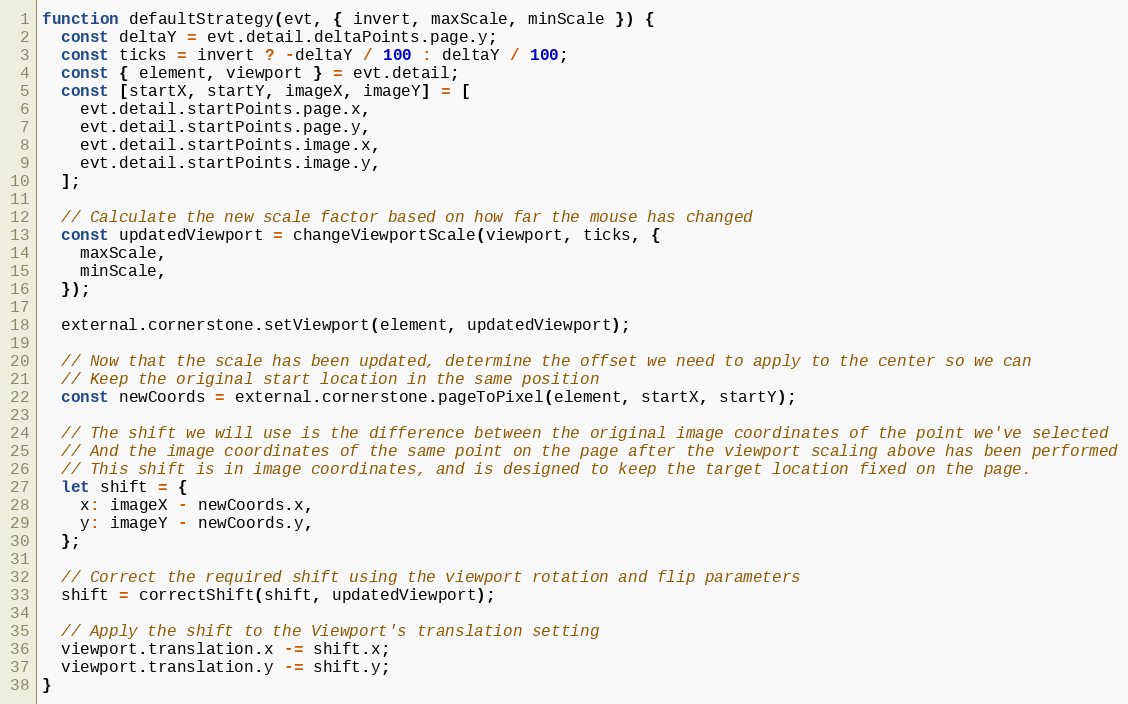
Language: JavaScript
function defaultStrategy(evt, { invert, maxScale, minScale }) {
  const deltaY = evt.detail.deltaPoints.page.y;
  const ticks = invert ? -deltaY / 100 : deltaY / 100;
  const { element, viewport } = evt.detail;
  const [startX, startY, imageX, imageY] = [
    evt.detail.startPoints.page.x,
    evt.detail.startPoints.page.y,
    evt.detail.startPoints.image.x,
    evt.detail.startPoints.image.y,
  ];

  // Calculate the new scale factor based on how far the mouse has changed
  const updatedViewport = changeViewportScale(viewport, ticks, {
    maxScale,
    minScale,
  });

  external.cornerstone.setViewport(element, updatedViewport);

  // Now that the scale has been updated, determine the offset we need to apply to the center so we can
  // Keep the original start location in the same position
  const newCoords = external.cornerstone.pageToPixel(element, startX, startY);

  // The shift we will use is the difference between the original image coordinates of the point we've selected
  // And the image coordinates of the same point on the page after the viewport scaling above has been performed
  // This shift is in image coordinates, and is designed to keep the target location fixed on the page.
  let shift = {
    x: imageX - newCoords.x,
    y: imageY - newCoords.y,
  };

  // Correct the required shift using the viewport rotation and flip parameters
  shift = correctShift(shift, updatedViewport);

  // Apply the shift to the Viewport's translation setting
  viewport.translation.x -= shift.x;
  viewport.translation.y -= shift.y;
}